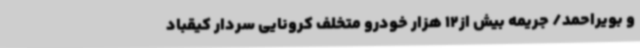
و بویراحمد/ جریمه بیش از12 هزار خودرو متخلف کرونایی سردار کیقباد